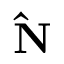
\mathbf { \hat { N } }